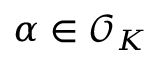
\alpha \in { \mathcal { O } } _ { K }